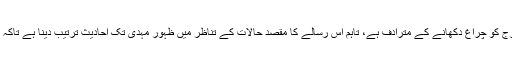
ہمارا یہ رسالہ ان کے مقابلہ میں سورج کو چراغ دکھانے کے مترادف ہے، تاہم اس رسالے کا مقصد حالات کے تناظر میں ظہور مہدی تک احادیث ترتیب دینا ہے تاکہ امت کے لیے حق تک پہنچنا آسان ہو۔